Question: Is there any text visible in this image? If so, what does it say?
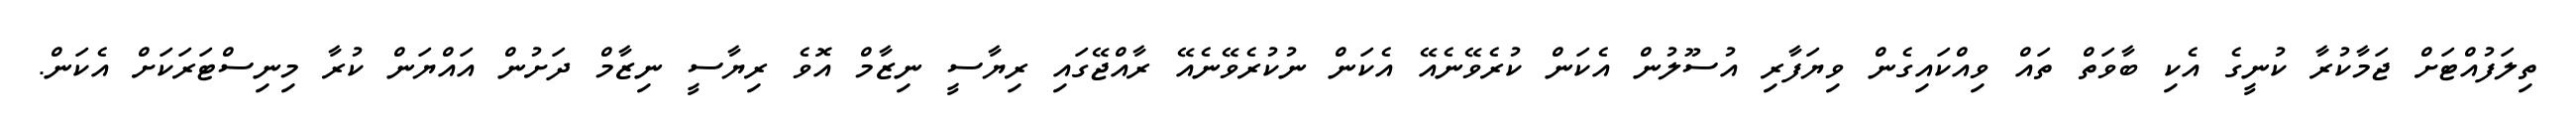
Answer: ތިލަފުއްޓަށް ޖަމާކުރާ ކުނީގެ އެކި ބާވަތް ތައް ވިއްކައިގެން ވިޔަފާރި އުސޫލުން އެކަން ކުރެވޭނެއޭ އެކަން ނުކުރެވޭނެއޭ ރާއްޖޭގައި ރިޔާސީ ނިޒާމް އޮވެ ރިޔާސީ ނިޒާމް ދަށުން އައްޔަން ކުރާ މިނިސްޓަރަކަށް އެކަން.